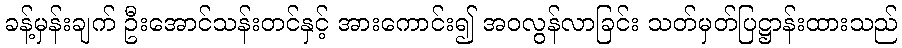
ခန့်မှန်းချက် ဦးအောင်သန်းတင်နှင့် အားကောင်း၍ အဝလွန်လာခြင်း သတ်မှတ်ပြဋ္ဌာန်းထားသည်